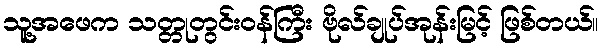
သူ့အဖေက သတ္တုတွင်းဝန်ကြီး ဗိုလ်ချုပ်အုန်းမြင့် ဖြစ်တယ်။